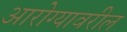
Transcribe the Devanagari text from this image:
आरोग्यावरील